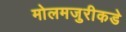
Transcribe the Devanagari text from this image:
मोलमजुरीकडे